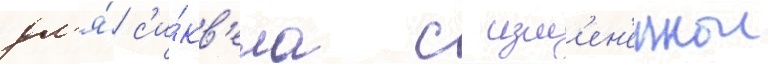
дл'я́ с'и́кв'ела с изм'ен'еннои